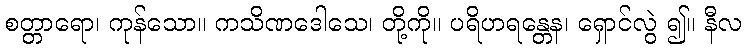
စတ္တာရော၊ ကုန်သော။ ကသိဏဒေါသေ၊ တို့ကို။ ပရိဟရန္တေန၊ ရှောင်လွဲ ၍။ နီလ